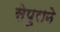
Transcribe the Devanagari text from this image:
सेपुराने